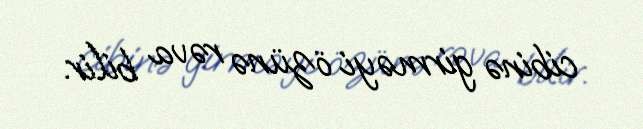
cibinə girməyi özünə rəva bilir.